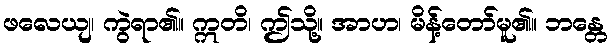
ဖလေယျ၊ ကွဲရာ၏။ ဣတိ၊ ဤသို့။ အာဟ၊ မိန့်တော်မူ၏။ ဘန္တေ